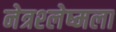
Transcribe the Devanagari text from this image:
नेत्रश्‍लेष्मला